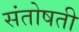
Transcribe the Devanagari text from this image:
संतोषती